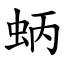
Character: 蛃